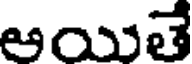
అయితే